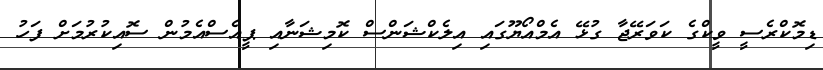
ޑިމޮކްރެސީ ވީކްގެ ކަވަރޭޖާ ގުޅޭ އެމްއޯޔޫގައި އިލެކްޝަންސް ކޮމިޝަނާއި ޕީއެސްއެމުން ސޮއިކުރުމަށް ފަހު